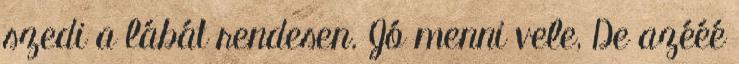
szedi a lábát rendesen. Jó menni vele, De azééé